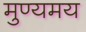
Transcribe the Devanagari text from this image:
मुण्यमय